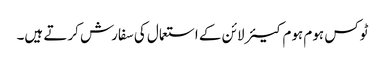
ٹوکس ہوم ہوم کیئر لائن کے استعمال کی سفارش کرتے ہیں۔